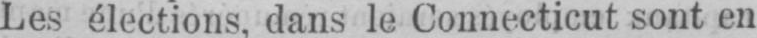
Les élections, dans le Connecticut sont en